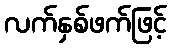
လက်နှစ်ဖက်ဖြင့်